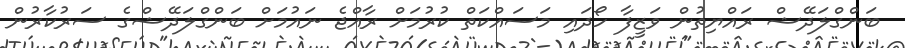
ބަންގްލަދޭޝް ރައްޔިތުން ވަޒީފާ ހޯދައި މަސައްކަތް ކުރުމަށް ރާއްޖެ ނައުމަށް ބަންގްލަދޭޝްގެ ސަރުކާރުން